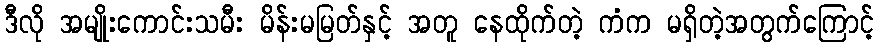
ဒီလို အမျိုးကောင်းသမီး မိန်းမမြတ်နှင့် အတူ နေထိုက်တဲ့ ကံက မရှိတဲ့အတွက်ကြောင့်